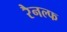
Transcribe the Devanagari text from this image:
रैनल्फ